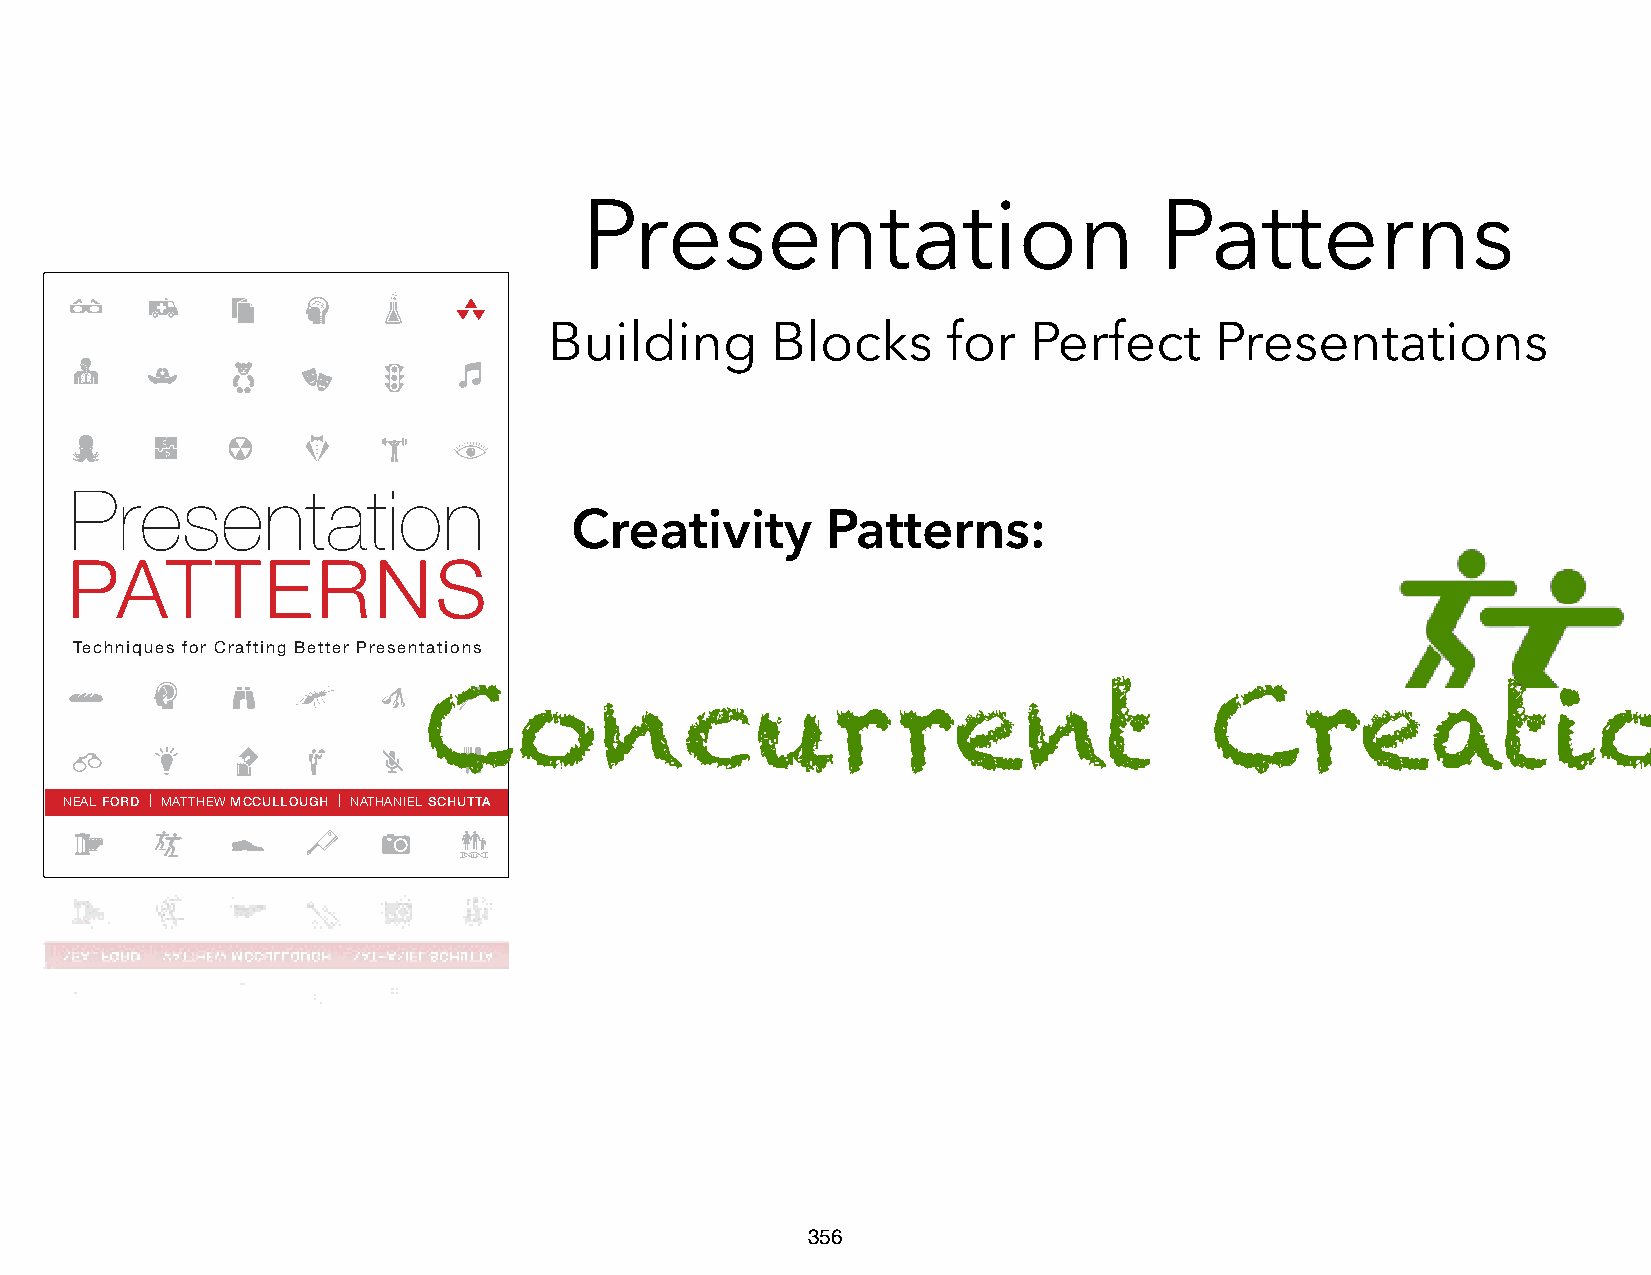
Presentation                           Patterns
 Building       Blocks      for  Perfect     Presentations
 Presentation
 Creativity       Patterns:
 PATTERNS
 Techniques for Crafting Better Presentations
 Concurrent                                          Creation
 NEAL FORD | MATTHEW MCCULLOUGH | NATHANIEL SCHUTTA
 356